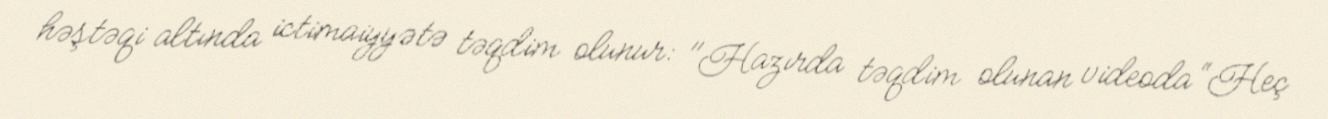
həştəqi altında ictimaiyyətə təqdim olunur: "Hazırda təqdim olunan videoda “Heç